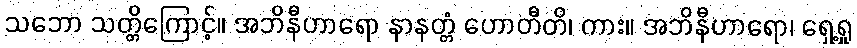
သဘော သတ္တိကြောင့်။ အဘိနီဟာရော နာနတ္တံ ဟောတီတိ၊ ကား။ အဘိနီဟာရော၊ ရှေ့ရှု